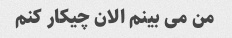
من می بینم الان چیکار کنم